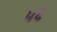
૫૬